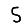
Digit: 5